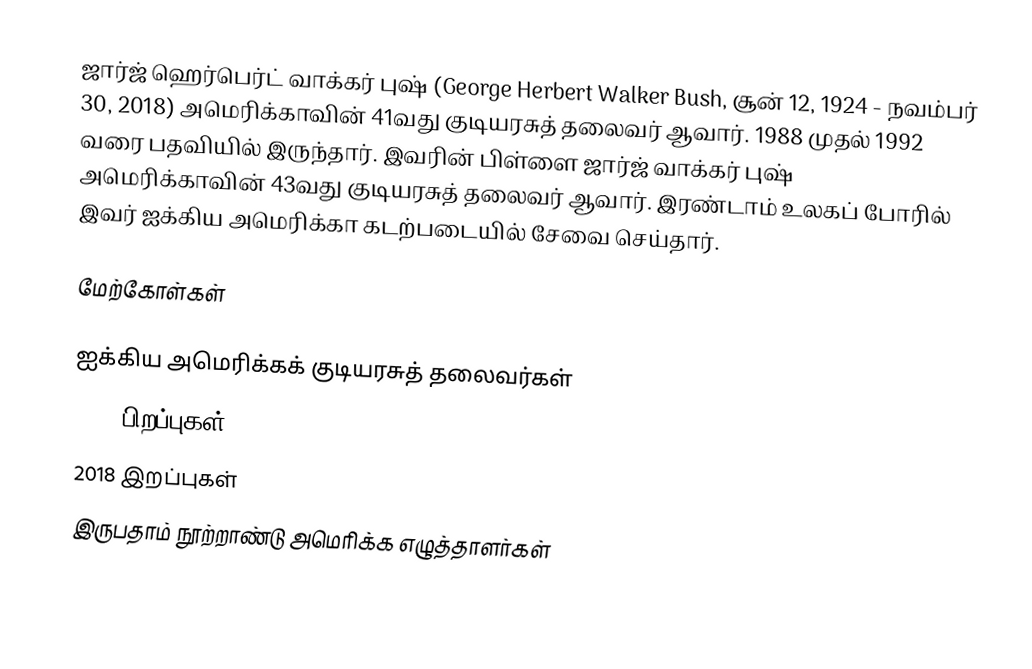
ஜார்ஜ் ஹெர்பெர்ட் வாக்கர் புஷ் (George Herbert Walker Bush, சூன் 12, 1924 - நவம்பர் 30, 2018) அமெரிக்காவின் 41வது குடியரசுத் தலைவர் ஆவார். 1988 முதல் 1992 வரை பதவியில் இருந்தார். இவரின் பிள்ளை ஜார்ஜ் வாக்கர் புஷ் அமெரிக்காவின் 43வது குடியரசுத் தலைவர் ஆவார். இரண்டாம் உலகப் போரில் இவர் ஐக்கிய அமெரிக்கா கடற்படையில் சேவை செய்தார்.

மேற்கோள்கள்

ஐக்கிய அமெரிக்கக் குடியரசுத் தலைவர்கள்
1924 பிறப்புகள்
2018 இறப்புகள்
இருபதாம் நூற்றாண்டு அமெரிக்க எழுத்தாளர்கள்